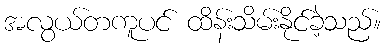
အလွယ်တကူပင် ထိန်းသိမ်းနိုင်ခဲ့သည်။